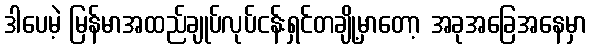
ဒါပေမဲ့ မြန်မာအထည်ချုပ်လုပ်ငန်းရှင်တချို့မှာတော့ အခုအခြေအနေမှာ